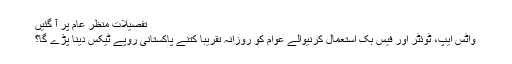
تفصیلات منظر عام پر آ گئیں
واٹس ایپ، ٹوئٹر اور فیس بک استعمال کرنیوالے عوام کو روزانہ تقریباً کتنے پاکستانی روپے ٹیکس دینا پڑے گا؟